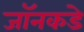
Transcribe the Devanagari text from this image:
जॉनकडे